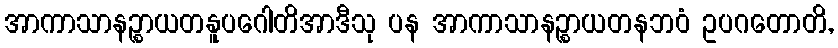
အာကာသာနဉ္စာယတနူပဂေါတိအာဒီသု ပန အာကာသာနဉ္စာယတနဘဝံ ဥပဂတောတိ,